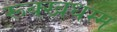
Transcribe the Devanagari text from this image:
रूक्खधम्म